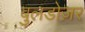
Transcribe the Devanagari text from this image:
बुलडोज़र